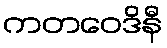
ကတဝေဒိနီ